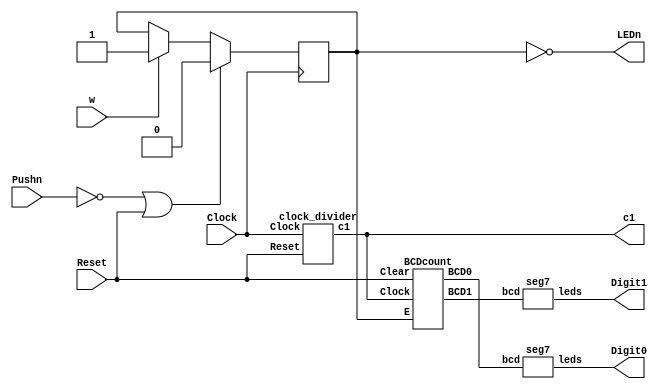
module T21720979(Clock, Reset, c1, w, Pushn, LEDn, Digit1, Digit0);
   input Clock, Reset, w, Pushn;
   output wire LEDn, c1;
   output wire [1:7]Digit1, Digit0; // 7bit
   reg LED;
   wire [3:0]BCD1, BCD0;

   clock_divider C1(Clock, Reset, c1);

   always@(posedge Clock) // D flip flop
   begin    // pushn? 0??? reset? 1??
     if(!Pushn || Reset) 
        LED <= 0; // LED? 0 ?? ?? 
     else if(w)
        LED <= 1; // LED? ?? 
   end 

   assign LEDn = ~LED; // LEDn? 0??, LED? 1?? on
   BCDcount counter(c1, Reset, LED, BCD1, BCD0);
   seg7 seg1(BCD1, Digit1);
   seg7 seg0(BCD0, Digit0);

endmodule

module clock_divider(Clock, Reset, c1);
   input Clock, Reset;
    reg[2:0]count=3'b000;
   output reg c1;

   always@(posedge Clock)
   begin
    if(Reset)
     c1 <= 1'b1;
    else begin
		count = count+1;
		c1 <= count[2];
		end
	end
endmodule

module BCDcount(Clock, Clear, E, BCD1, BCD0);
   input Clock, Clear, E;
   output reg[3:0] BCD1, BCD0;

   always @(posedge Clock)
   begin
     if(Clear) // reset? 1?? ?? ?? 0?? ???
       begin
         BCD1 <= 0;
         BCD0 <= 0;
       end
     else if(E) // Enable ? 1?? 
        if(BCD0 == 4'b1001)//?? ??? 9?? 
          begin
			BCD0 <= 0; // ?? ?? 0 ??? 
			if(BCD1 == 4'b1001)// ?? ??? 9?? 
			  BCD1 <= 0; // ?? ?? 0 ??? 
			else
			  BCD1 <= BCD1 + 1; // 
			end
        else // ?? ??? 9? ???? 
           BCD0 <= BCD0 + 1;
			  // else if ?? ? ?? ??? ????
		  else if (BCD1 == 1 && BCD0 == 9)
		      begin
				   BCD1 <= 1;
					BCD0 <= 9; 
			   end
     end

	  endmodule
	  
	  module seg7(bcd, leds);
   input [3:0] bcd;
   output reg [1:7] leds;

always@(bcd)
  case(bcd)
    0: leds = 7'b1111110;
    1: leds = 7'b0110000;
    2: leds = 7'b1101101;
    3: leds = 7'b1111001;
    4: leds = 7'b0110011;
    5: leds = 7'b1011011;
    6: leds = 7'b1011111;
    7: leds = 7'b1110000;
    8: leds = 7'b1111111;
    9: leds = 7'b1111011;
    default: leds = 7'bx;
   endcase

endmodule